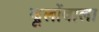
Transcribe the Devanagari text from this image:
झूलोंवाला